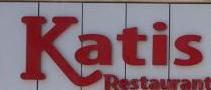
katis